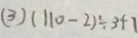
( 3 ) ( 1 1 0 - 2 ) \div 3 + 7